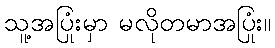
သူ့အပြုံးမှာ မလိုတမာအပြုံး။